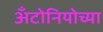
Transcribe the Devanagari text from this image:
अँटोनियोच्या